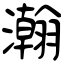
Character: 瀚